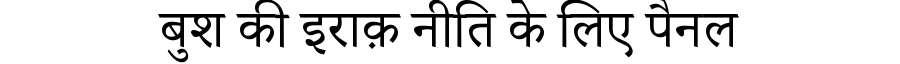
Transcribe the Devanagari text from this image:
बुश की इराक़ नीति के लिए पैनल